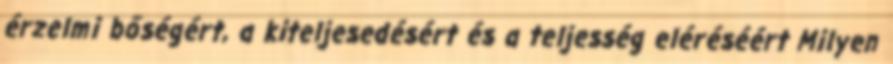
érzelmi bőségért, a kiteljesedésért és a teljesség eléréséért Milyen